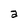
Character: a